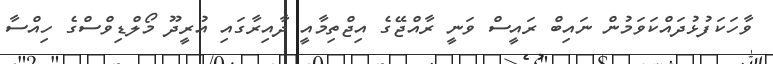
ވާހަކަފުޅުދައްކަވަމުން ނައިބް ރައީސް ވަނީ ރާއްޖޭގެ އިޖްތިމާއީ ދާއިރާގައި އުރީދޫ މޯލްޑިވްސްގެ ހިއްސާ